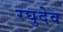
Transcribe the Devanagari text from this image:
रघुदेव